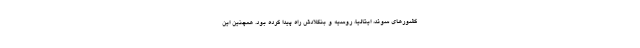
کشورهای سوئد، ایتالیا، روسیه و بنگلادش راه پیدا کرده بود. همچنین این